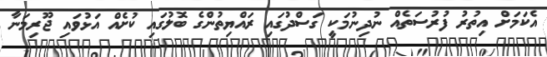
އެކަމަށް އިތުރު ފުރުސަތެއް ނުދިނުމަކީ ގަސްދުގައި ރައްޔިތުންގެ ބޮލުގައި ކުށެއް އަޅުވައި ޖޫރިމަނާ